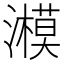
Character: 𤂨